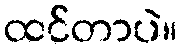
ထင်တာပဲ။